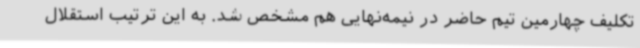
تکلیف چهارمین تیم حاضر در نیمه‌نهایی هم مشخص شد. به این ترتیب استقلال